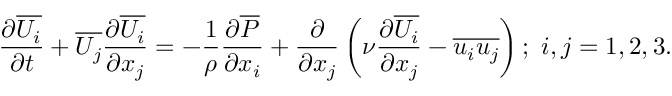
\frac { \partial \overline { { U _ { i } } } } { \partial t } + \overline { { U _ { j } } } \frac { \partial \overline { { U _ { i } } } } { \partial x _ { j } } = - \frac { 1 } { \rho } \frac { \partial \overline { { P } } } { \partial x _ { i } } + \frac { \partial } { \partial x _ { j } } \left( { \nu \frac { \partial \overline { { U _ { i } } } } { \partial x _ { j } } } - \overline { { u _ { i } u _ { j } } } \right) ; ~ i , j = { 1 , 2 , 3 } .